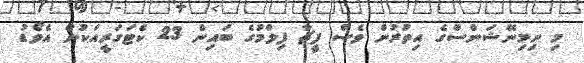
މި ނިމިނޭޝަންސްގެ އިތުރުން ވެސް ފީޗާ ފިލްމުގެ ބައިން 23 ކެޓަގަރީއަކުން އެވޯޑު